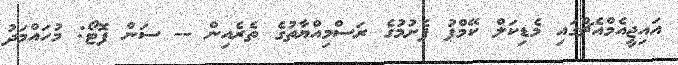
އައިޖީއެމްއެޗްގައި މެޑިކަލް ކޭމްޕު ފެށުމުގެ ރަސްމިއްޔާތުގެ ތެރެއިން -- ސަން ފޮޓޯ: މުހައްމަދު